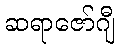
ဆရာဇော်ဂျီ